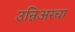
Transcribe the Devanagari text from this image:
उन्निअरचा